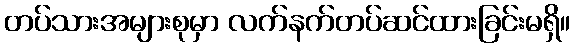
တပ်သားအများစုမှာ လက်နက်တပ်ဆင်ထားခြင်းမရှိ။